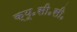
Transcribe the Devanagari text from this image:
क्यू॰सी॰सी॰